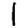
Digit: 1